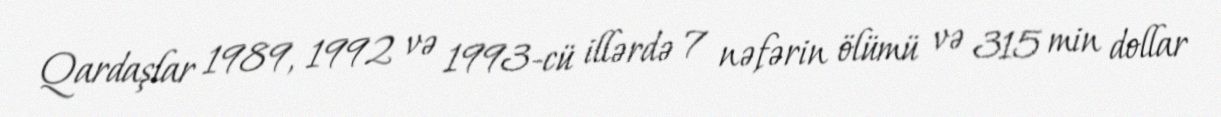
Qardaşlar 1989, 1992 və 1993-cü illərdə 7 nəfərin ölümü və 315 min dollar